Indian journal of veterinary science and animal husbandry - Volumes 18-21, 1948-1951
Year: 1948
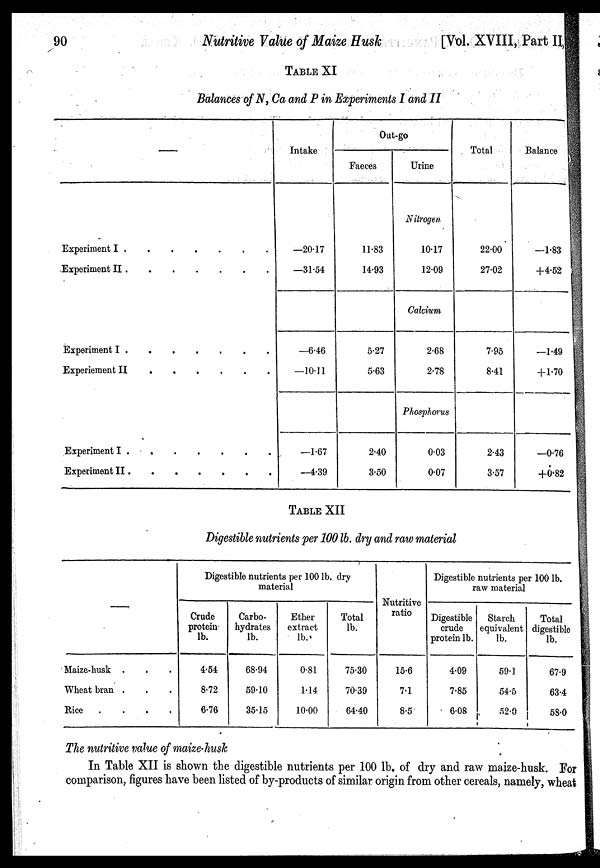
90
Nutritive Value of Maize Husk
[Vol. XVIII, Part II,
TABLE XI
Balances of N, Ca and P in Experiments I and II
—
Experiement I . . . . . . .
Experiement II . . . . . . .
Experiement I . . . . . . .
Experiement II
.
.
.
.
.
.
.
Experiement I . . . . . . .
Experiement II . . . . . . .
Intake
—20.17
—31.54
—6.46
—10.11
—1.67
—4.39
Out-go
Faeces
11.83
14.93
5.27
5.63
2.40
3.50
Urine
Nitrogen
10.17
12.09
Calcium
2.68
2.78
Phosphorus
0.03
0.07
Total
22.00
27.02
7.95
8.41
2.43
3.57
Balance
—1.83
+4.52
—1.49
+ 1.70
—0.76
+0.82
TABLE XII
Digestible nutrients per 100 lb. dry and raw material
—
Maize-husk . . .
Wheat bran . .
Rice
.
.
.
.
Digestible nutrients per 100 lb. dry
Crude
protein
lb.
4.54
8.72
6.76
Carbo-
hydrates
lb.
68.94
59.10
35.15
Ether
extract
lb.
0.81
1.14
10.00
Total
lb.
75.30
70.39
64.40
Nutritive
ratio
15.6
7.1
8.5
Digestible nutrients per 100 lb.
raw material
Digestible
crude
protein lb.
4.09
7.85
6.08
Starch
equivalent
lb.
59.1
54.5
52.0
Total
digestible
lb.
67.9
63.4
58.0
The nutritive value of maize-husk
In Table XII is shown the digestible nutrients per 100 lb. of dry and raw maize-husk. For
comparison, figures have been listed of by-products of similar origin from other cereals, namely, wheat